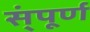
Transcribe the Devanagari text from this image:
स्ंपूर्ण